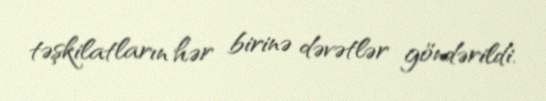
təşkilatların hər birinə dəvətlər göndərildi.